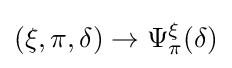
(\xi ,\pi ,\delta )\rightarrow \Psi _{\pi }^{\xi }(\delta )